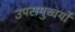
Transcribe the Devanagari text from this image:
उपसमुच्चर्यों